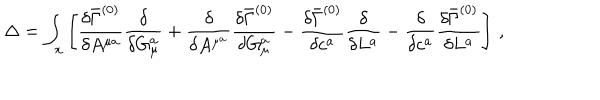
LaTeX: { \Delta } = \displaystyle \int _ { x } \left[ \frac { { \delta } \bar { \Gamma } ^ { ( 0 ) } } { { \delta } A ^ { \mu a } } \frac { { \delta } } { { \delta } G _ { \mu } ^ { a } } + \frac { { \delta } } { { \delta } A ^ { \mu ^ { a } } } \frac { { \delta } \bar { \Gamma } ^ { ( 0 ) } } { { \delta } G _ { \mu } ^ { a } } - \frac { { \delta } \bar { \Gamma } ^ { ( 0 ) } } { { \delta } c ^ { a } } \frac { { \delta } } { { \delta } L ^ { a } } - \frac { { \delta } } { { \delta } c ^ { a } } \frac { { \delta } \bar { \Gamma } ^ { ( 0 ) } } { { \delta } L ^ { a } } \right] \, ,